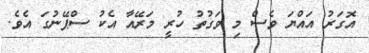
އޮގަރު އައްޔަ ވެސް މި ވަގުތު ހުރީ މަރޭއާ އެކު ސްޕޭނުގަ އެވެ.